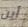
أين